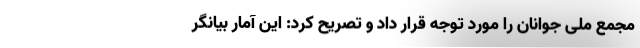
مجمع ملی جوانان را مورد توجه قرار داد و تصریح کرد: این آمار بیانگر